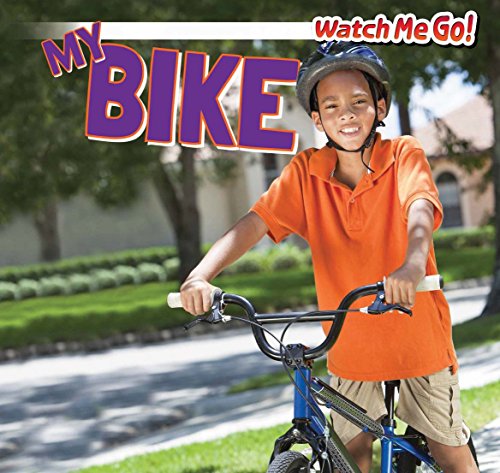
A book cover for My Bike (Watch Me Go!); Victor Blaine; Children's Books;